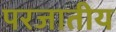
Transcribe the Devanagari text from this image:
परजातीय